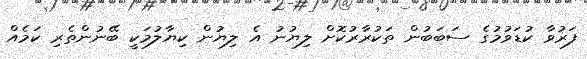
ފަރުވާ ކުޑަވުމުގެ ސަބަބުން ތަކުރާރުކޮށް ލިޔުނު އެ ލިޔުން ކިޔާލުމަކީ ބޭނުންތެރި ކަމެއް